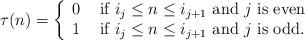
LaTeX: \begin{align*}\tau(n)=\left\{\begin{array}{ll} 0&\mbox{ if $i_j\le n\le i_{j+1}$ and $j$ is even}\\1&\mbox{ if $i_j\le n\le i_{j+1}$ and $j$ is odd.}\end{array}\right.\end{align*}